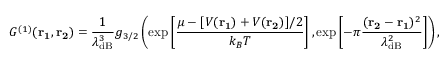
{ G ^ { ( 1 ) } } ( \mathbf { r _ { 1 } , r _ { 2 } } ) = \frac { 1 } { \lambda _ { \mathrm { d B } } ^ { 3 } } g _ { 3 / 2 } \left( \mathrm { e x p } \left[ \frac { \mu - [ V ( \mathbf { r _ { 1 } } ) + V ( \mathbf { r _ { 2 } } ) ] / 2 } { k _ { B } T } \right] , \mathrm { e x p } \left[ - \pi \frac { ( \mathbf { r _ { 2 } - r _ { 1 } } ) ^ { 2 } } { \lambda _ { \mathrm { d B } } ^ { 2 } } \right] \right) ,